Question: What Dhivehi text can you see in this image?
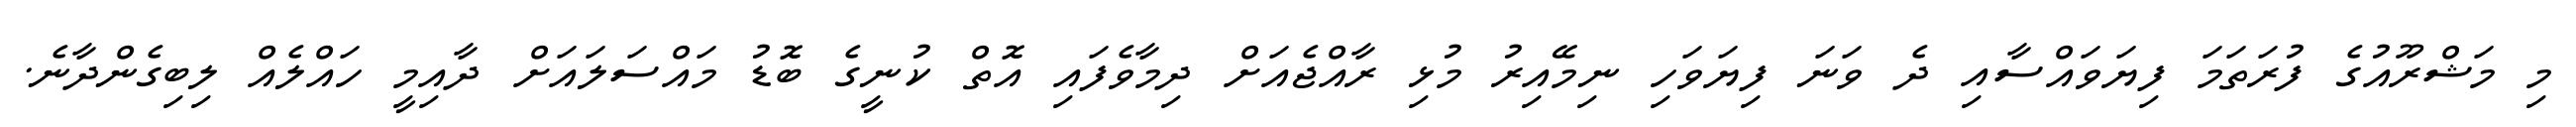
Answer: މި މަޝްރޫއުގެ ފުރަތަމަ ފިޔަވައްސާއި ދެ ވަނަ ފިޔަވަހި ނިމޭއިރު މުޅި ރާއްޖެއަށް ދިމާވެފައި އޮތް ކުނީގެ ބޮޑު މައްސަލައަށް ދާއިމީ ހައްލެއް ލިބިގެންދާނެ.